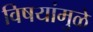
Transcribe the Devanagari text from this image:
विषयांमुळे